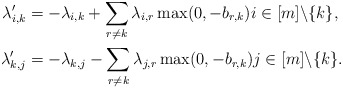
\begin{align*}\begin{aligned}\lambda_{i,k}' &= -\lambda_{i,k} + \sum_{r\neq k} \lambda_{i,r} \max(0,-b_{r,k}) i \in [m]\backslash \{k\},\\\lambda_{k,j}' &= -\lambda_{k,j} - \sum_{r\neq k} \lambda_{j,r} \max(0,-b_{r,k}) j \in [m]\backslash \{k\}.\end{aligned}\end{align*}